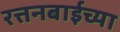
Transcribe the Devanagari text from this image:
रत्तनबाईच्या